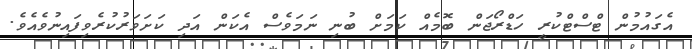
އެގައުމުން ޓްސްޓްކުރީ ހަޑްރޯޖަން ބޮމެއް ކަމަށް ބުނި ނަމަވެސް އެކަން އަދި ކަށަވަރުކުރެވިފައިނުވެއެވެ.